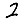
Digit: 2